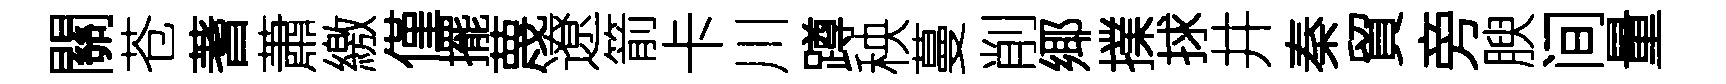
關苍蓍蕭繳僅擺蔑遼箭卡川蹲秧蔓削鄊擈捄井秦貿旁腴间量